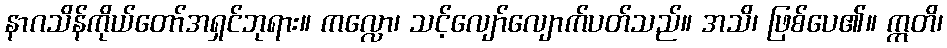
နာဂသိန်ကိုယ်တော်အရှင်ဘုရား။ ကလ္လော၊ သင့်လျော်လျောက်ပတ်သည်။ အသိ၊ ဖြစ်ပေ၏။ ဣတိ၊